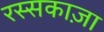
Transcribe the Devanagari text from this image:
रस्सकाज़ा